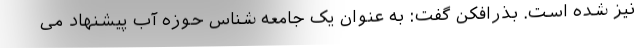
نیز شده است. بذرافکن گفت: به عنوان یک جامعه شناس حوزه آب پیشنهاد می